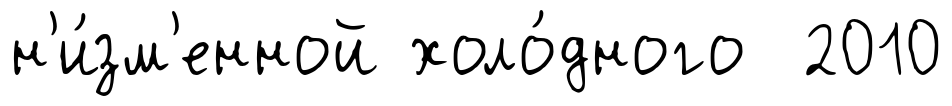
н'и́зм'енной холо́дного 2010